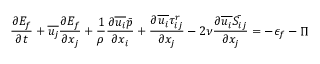
{ \frac { \partial E _ { f } } { \partial t } } + { \overline { { u _ { j } } } } { \frac { \partial E _ { f } } { \partial x _ { j } } } + { \frac { 1 } { \rho } } { \frac { \partial { \overline { { u _ { i } } } } { \bar { p } } } { \partial x _ { i } } } + { \frac { \partial { \overline { { u _ { i } } } } \tau _ { i j } ^ { r } } { \partial x _ { j } } } - 2 \nu { \frac { \partial { \overline { { u _ { i } } } } { \bar { S _ { i j } } } } { \partial x _ { j } } } = - \epsilon _ { f } - \Pi